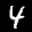
Label: 4